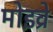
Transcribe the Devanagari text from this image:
मोइव्रे